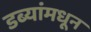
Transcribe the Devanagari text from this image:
डब्यांमधून